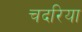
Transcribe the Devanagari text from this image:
चदरिया